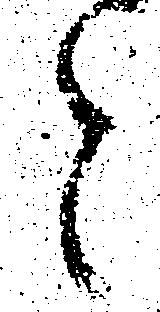
と